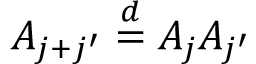
A _ { j + j ^ { \prime } } \overset { d } { = } A _ { j } A _ { j ^ { \prime } }